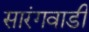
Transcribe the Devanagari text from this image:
सारंगवाडी